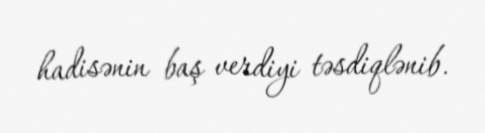
hadisənin baş verdiyi təsdiqlənib.